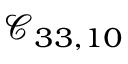
\mathcal { C } _ { 3 3 , 1 0 }